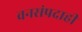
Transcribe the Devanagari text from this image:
वनसंपदाही